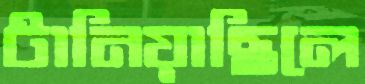
টানিয়াছিলে